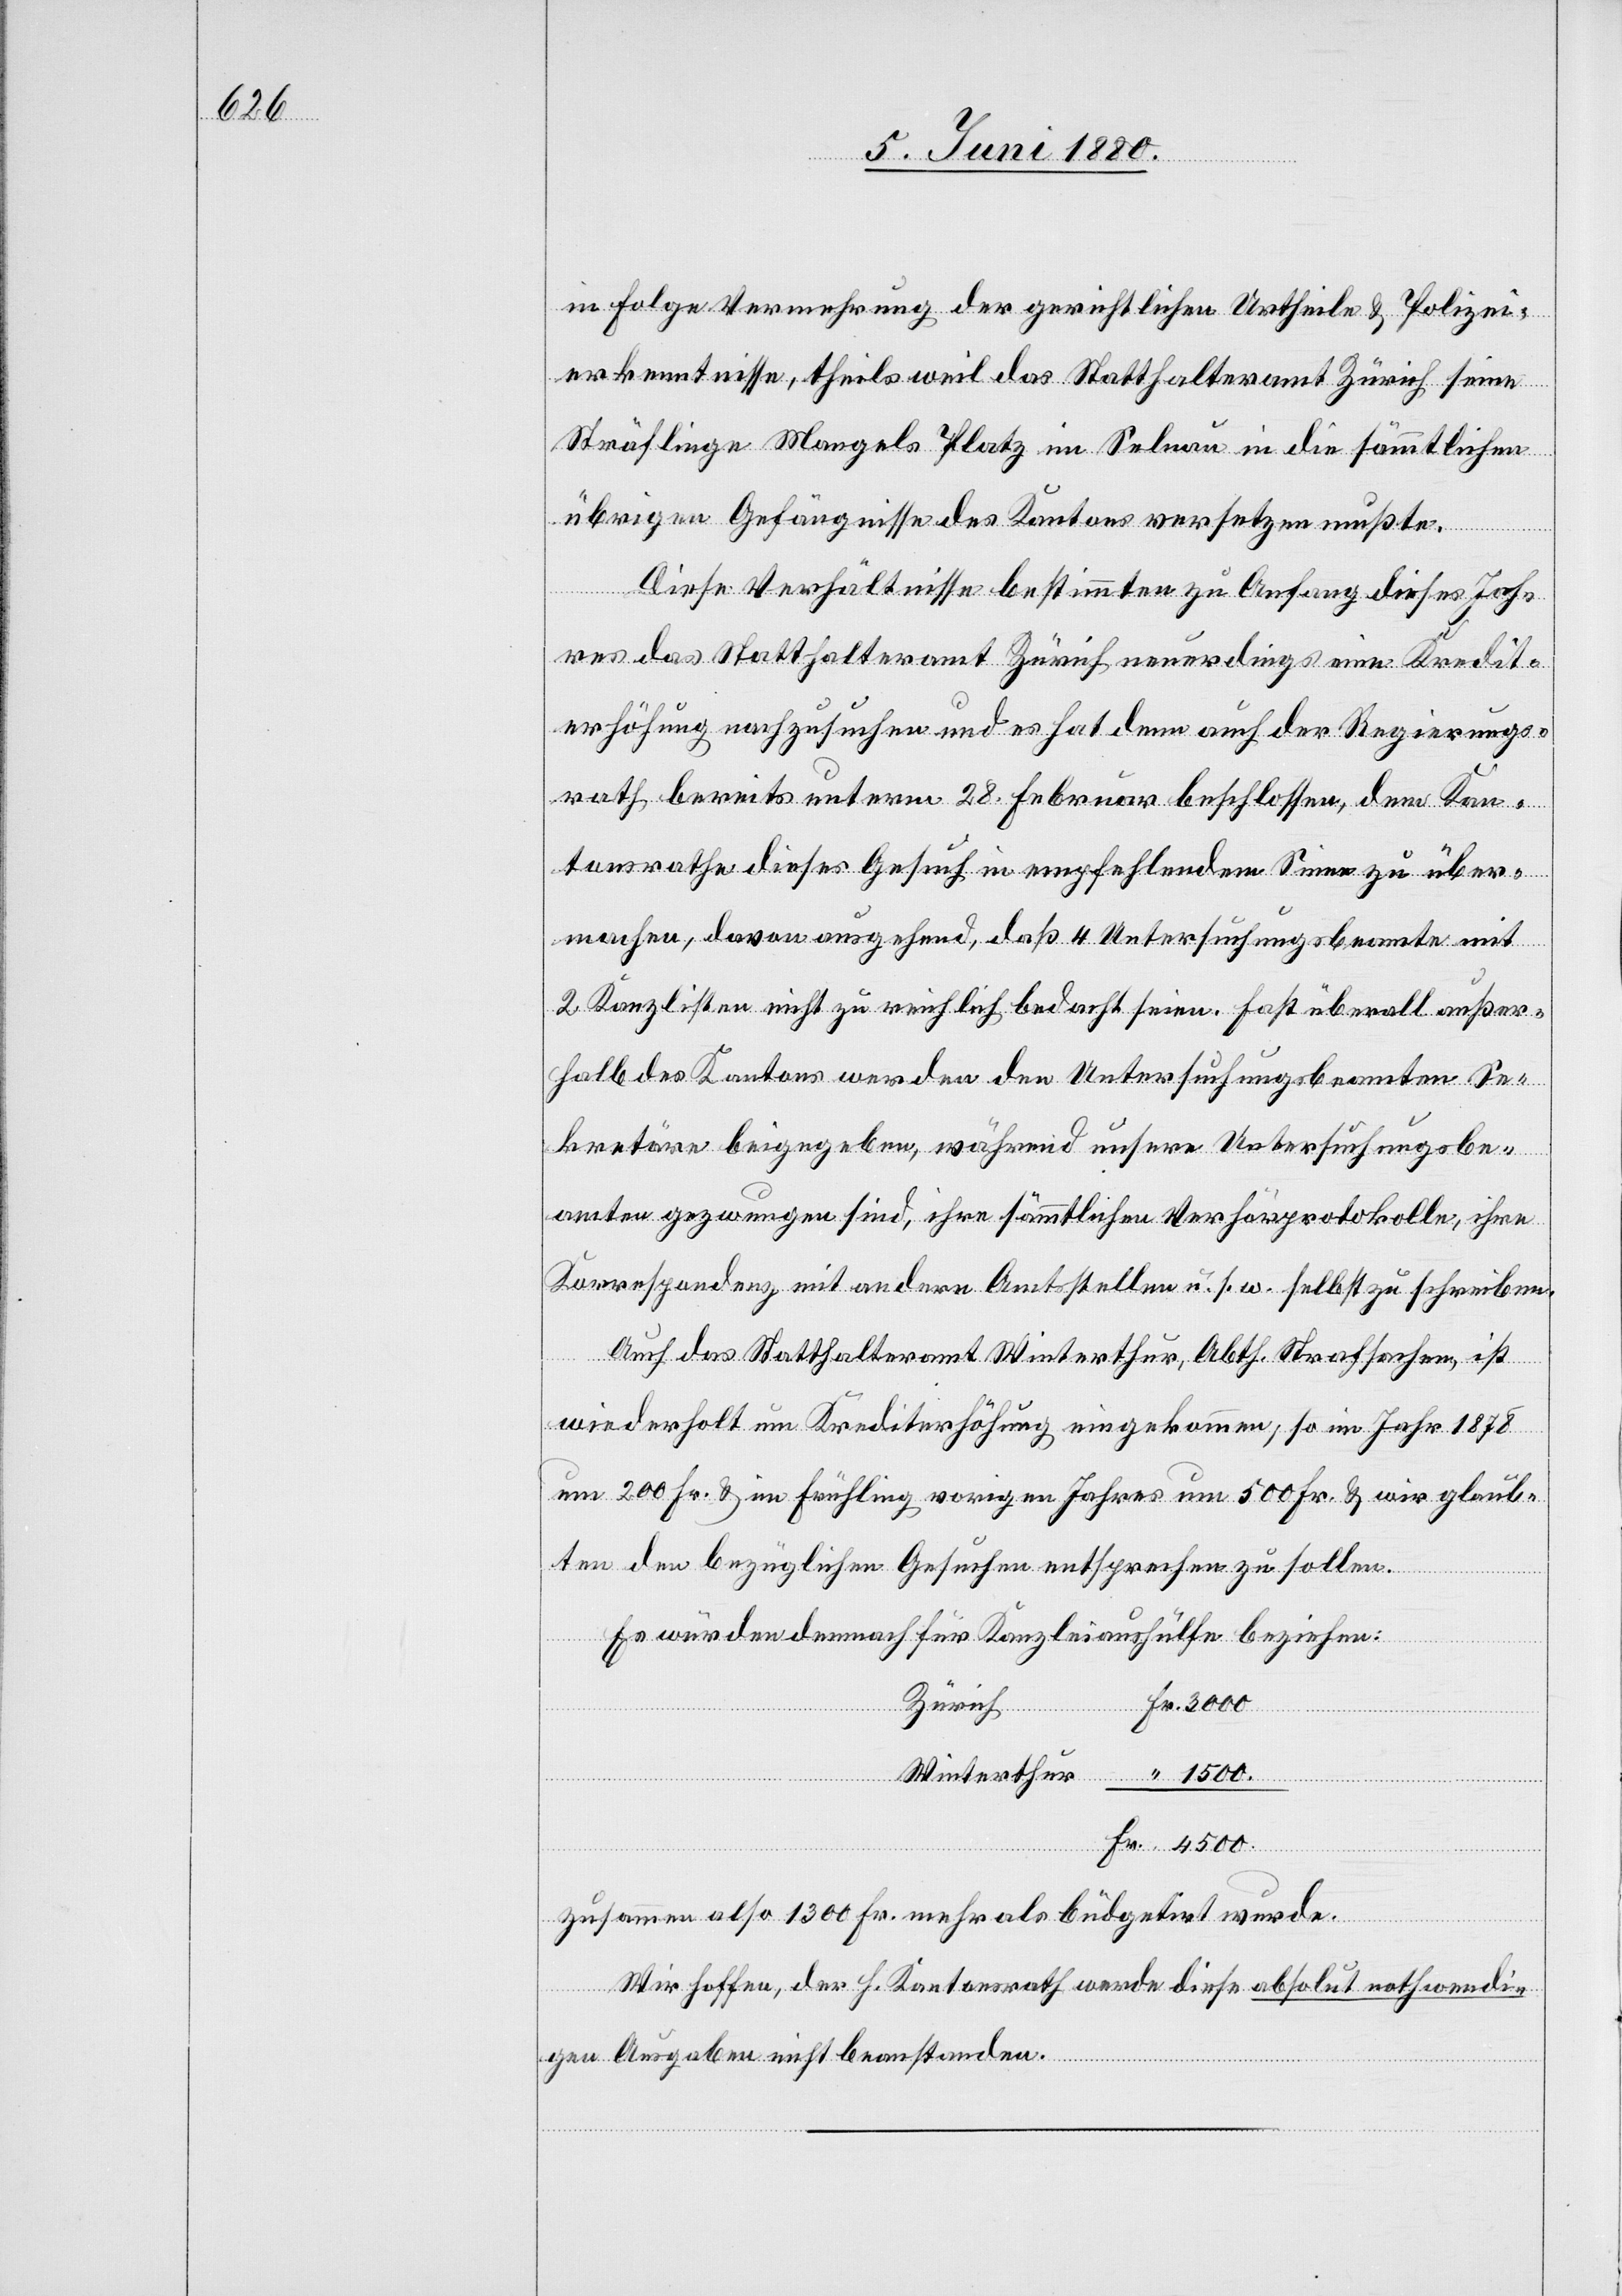
in Folge Vermehrung der gerichtlichen Urtheile & Polizei¬
erkenntnisse, theils weil das Statthalteramt Zürich seine
Sträflinge Mangels Platz im Selnau in die sämmtlichen
übrigen Gefängnisse des Kantons versetzen mußte.
Diese Verhältnisse bestimmten zu Anfang dieses Jah¬
res das Statthalteramt Zürich neuerdings eine Kredit¬
erhöhung nachzusuchen und es hat denn auch der Regierungs¬
rath, bereits unterm 28. Februar beschlossen, dem Kan¬
tonsrathe dieses Gesuch in empfehlendem Sinne zu über¬
machen, davon ausgehend, daß 4 Untersuchungsbeamte mit
2 Kanzlisten nicht zu reichlich bedacht seien. Fast überall außer¬
halb des Kantons werden den Untersuchungsbeamten Se¬
kretäre beigegeben, während unsere Untersuchungsbe¬
amte gezwungen sind, ihre sämmtlichen Verhörprotokolle, ihre
Korrespondenz mit andern Amtsstellen u. s. w. selbst zu schreiben.
Auch das Statthalteramt Winterthur, Abth. Strafsachen, ist
wiederholt um Krediterhöhung eingekommen, so im Jahr 1878
um 200 Fr. & im Frühling vorigen Jahres um 500 Fr. & wir glaub¬
ten den bezüglichen Gesuchen entsprechen zu sollen.
Es würden demnach für Kanzleiaushülfe beziehen:
Fr.
Zürich
zusammen also 1300 Fr. mehr als büdgetirt wurde.
Wir hoffen, der h. Kantonsrath werde diese absolut nothwendi¬
Winterthur
gen Ausgaben nicht beanstanden.